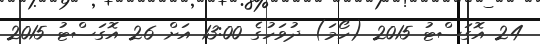
24 އޮގަސްޓު 2015 (ހޯމަ) ދުވަހުގެ 13:00 އަށް 26 އޮގަސްޓު 2015